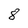
Character: 8